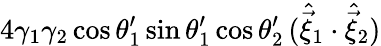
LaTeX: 4\gamma_{1}\gamma_{2}\cos\theta_{1}^{\prime}\sin\theta_{1}^{\prime}\cos\theta_{2}^{\prime}\, (\hat{\vec{\xi}}_{1}\cdot\hat{\vec{\xi}}_{2})